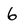
Character: 6